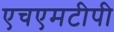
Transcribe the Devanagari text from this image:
एचएमटीपी